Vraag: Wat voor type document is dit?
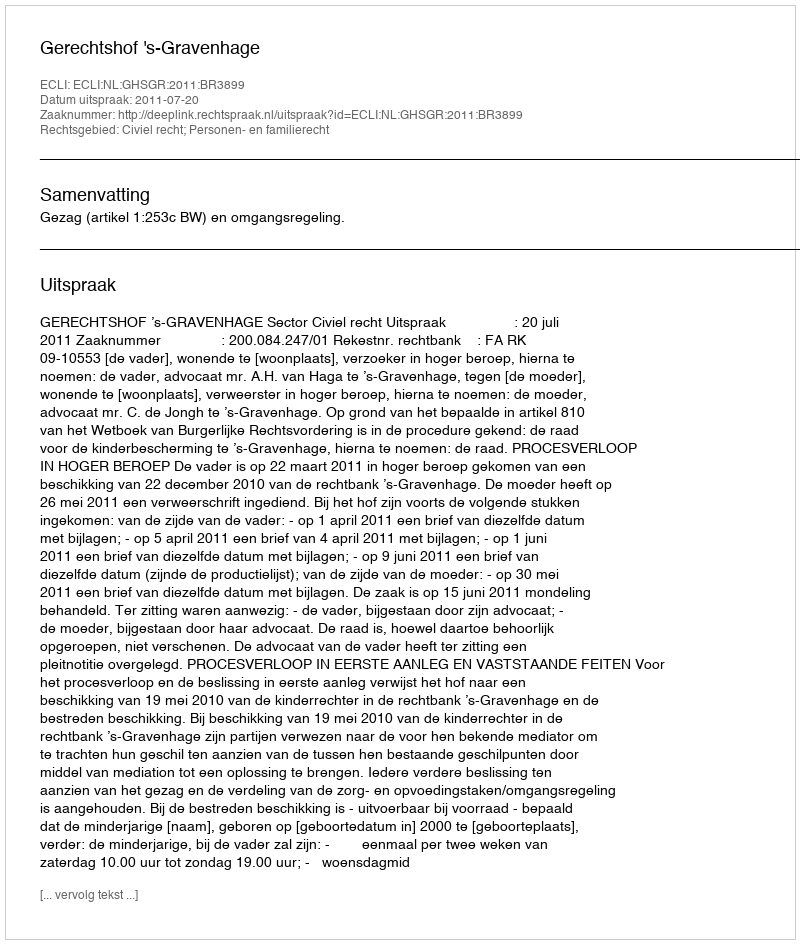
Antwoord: Uitspraak